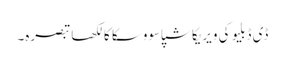
ڈی ڈبلیو کی ویریکا شپاسووسکا کا لکھا تبصرہ۔